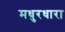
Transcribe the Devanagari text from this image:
मधुरधारा